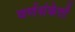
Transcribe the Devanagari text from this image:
वर्णसंकेतों